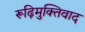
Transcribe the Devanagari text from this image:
रूढ़िमुक्तिवाद